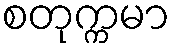
စတုက္ကမာ